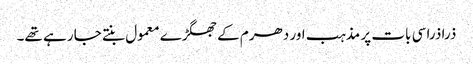
ذرا ذرا سی بات پر مذہب اور دھرم کے جھگڑے معمول بنتے جا رہے تھے۔